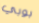
بوبي